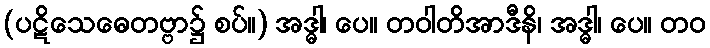
(ပဋိသေဓေတဗ္ဗာ၌ စပ်။) အဒ္ဓါ၊ ပေ။ တဝါတိအာဒီနိ၊ အဒ္ဓါ၊ ပေ။ တဝ